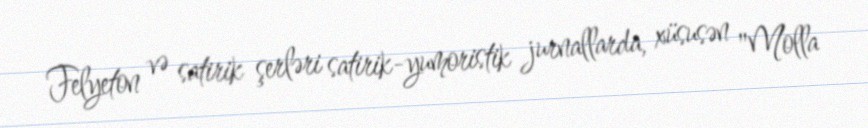
Felyeton və satirik şerləri satirik-yumoristik jurnallarda, xüsusən "Molla